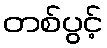
တစ်ပွင့်